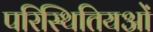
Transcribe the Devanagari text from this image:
परिस्थितियओं